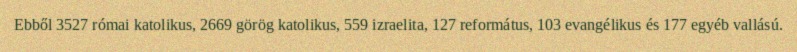
Ebből 3527 római katolikus, 2669 görög katolikus, 559 izraelita, 127 református, 103 evangélikus és 177 egyéb vallású.